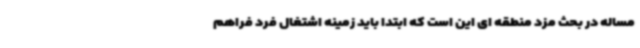
مساله در بحث مزد منطقه ای این است که ابتدا باید زمینه اشتغال فرد فراهم